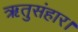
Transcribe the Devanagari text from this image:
ऋतुसंहार।